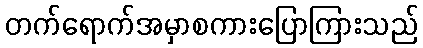
တက်ရောက်အမှာစကားပြောကြားသည်